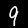
Digit: 9